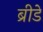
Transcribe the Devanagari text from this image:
ब्रीडे